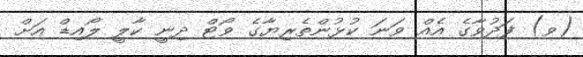
(ވ) ފަދުވާގެ އެއް ވަނަ ކުޅުންތެރިޔާގެ ވޯޓް ދިނީ ކާލީ ލޯއިޑް އަށް